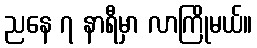
ညနေ ၇ နာရီမှာ လာကြိုမယ်။